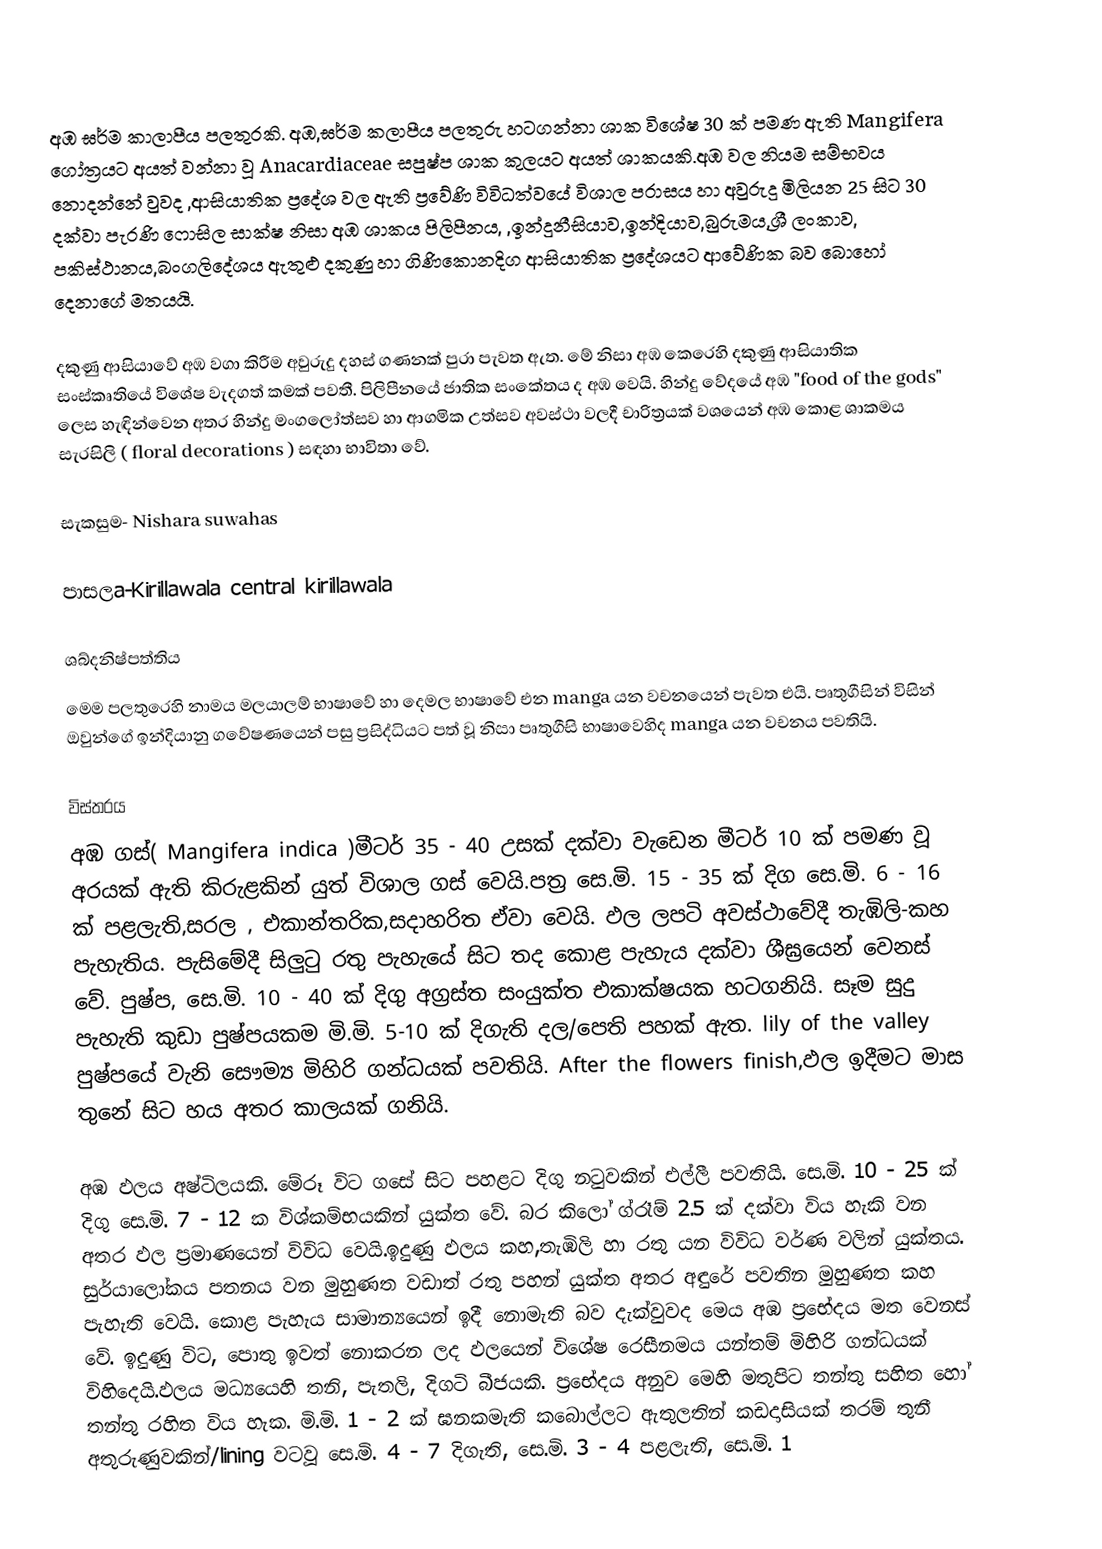
අඹ ඝර්ම කාලාපීය පලතුරකි. අඹ,ඝර්ම කලාපීය පලතුරු හටගන්නා ශාක විශේෂ 30 ක් පමණ ඇති Mangifera ගෝත්‍රයට අයත් වන්නා වූ Anacardiaceae සපුෂ්ප ශාක කුලයට අයත් ශාකයකි.අඹ වල නියම සම්භවය නොදන්නේ වුවද ,ආසියාතික ප්‍රදේශ වල ඇති ප්‍රවේණි විවිධත්වයේ විශාල පරාසය හා අවුරුදු මිලියන 25 සිට 30 දක්වා පැරණි ෆොසිල  සාක්ෂ නිසා අඹ ශාකය පිලිපීනය, ,ඉන්දුනීසියාව,ඉන්දියාව,බුරුමය,ශ්‍රී ලංකාව, පකිස්ථානය,බංගලිදේශය ඇතුළු දකුණු හා ගිණිකොනදිග ආසියාතික ප්‍රදේශයට ආවේණික බව බොහෝ දෙනාගේ මතයයි.

දකුණු ආසියාවේ අඹ වගා කිරීම අවුරුදු දහස් ගණනක් පුරා පැවත ඇත. මේ නිසා අඹ කෙරෙහි දකුණු ආසියාතික සංස්කෘතියේ විශේෂ වැදගත් කමක් පවතී. පිලිපීනයේ ජාතික සංකේතය ද අඹ වෙයි. හින්දු වේදයේ අඹ "food of the gods" ලෙස හැඳින්වෙන අතර හින්දු මංගලෝත්සව හා ආගමික උත්සව අවස්ථා වලදී චාරිත්‍රයක් වශයෙන් අඹ කොළ ශාකමය සැරසිලි ( floral decorations ) සඳහා භාවිතා වේ.

සැකසුම- Nishara suwahas

පාසලa-Kirillawala central kirillawala

ශබ්දනිෂ්පත්තිය
මෙම පලතුරෙහි නාමය මලයාලම් භාෂාවේ හා දෙමල භාෂාවේ එන manga යන වචනයෙන් පැවත එයි. පෘතුගීසින් විසින් ඔවුන්ගේ ඉන්දියානු ගවේෂණයෙන් පසු ප්‍රසිද්ධියට  පත් වූ නිසා පෘතුගීසි භාෂාවෙහිද manga යන වචනය පවතියි.

විස්තරය
අඹ ගස්( Mangifera indica )මීටර් 35 - 40 උසක් දක්වා වැඩෙන මීටර් 10 ක් පමණ වූ අරයක් ඇති කිරුළකින් යුත් විශාල ගස් වෙයි.පත්‍ර සෙ.මි. 15 - 35 ක් දිග  සෙ.මි. 6 - 16 ක් පළලැති,සරල , එකාන්තරික,සදාහරිත ඒවා වෙයි. ඵල ලපටි අවස්ථාවේදී තැඹිලි-කහ පැහැතිය. පැසිමේදී සිලුටු රතු පැහැයේ සිට තද කොළ පැහැය දක්වා ශීඝ්‍රයෙන් වෙනස් වේ. පුෂ්ප, සෙ.මි. 10 - 40 ක් දිගු අග්‍රස්ත සංයුක්ත එකාක්ෂයක හටගනියි. සෑම සුදු පැහැති කුඩා පුෂ්පයකම මි.මි. 5-10 ක් දිගැති දල/පෙති පහක් ඇත. lily of the valley පුෂ්පයේ වැනි සෞම්‍ය මිහිරි ගන්ධයක් පවතියි. After the flowers finish,ඵල ඉදීමට මාස තුනේ සිට හය අතර කාලයක් ගනියි.

අඹ ඵලය අෂ්ටිලයකි. මේරූ විට ගසේ සිට පහළට දිගු නටුවකින් එල්ලී පවතියි. සෙ.මි. 10 - 25 ක් දිගු සෙ.මි. 7 - 12 ක විශ්කම්භයකින් යුක්ත වේ. බර කිලෝ ග්රෑම් 2.5 ක් දක්වා විය හැකි වන අතර ඵල ප්‍රමාණයෙන් විවිධ වෙයි.ඉදුණු ඵලය කහ,තැඹිලි හා රතු යන විවිධ වර්ණ වලින් යුක්තය. සුර්යාලෝකය පතනය වන මුහුණත වඩාත් රතු පහන් යුක්ත අතර අඳුරේ පවතින මුහුණත කහ පැහැති වෙයි. කොළ පැහැය සාමාන්‍යයෙන් ඉදී නොමැති බව දැක්වුවද මෙය අඹ ප්‍රභේදය මත වෙනස් වේ. ඉදුණු විට, පොතු ඉවත් නොකරන ලද ඵලයෙන්  විශේෂ රෙසීනමය යන්තම් මිහිරි ගන්ධයක් විහිදෙයි.ඵලය මධ්‍යයෙහි තනි, පැතලි, දිගටි බීජයකි. ප්‍රභේදය අනුව මෙහි මතුපිට තන්තු සහිත හෝ තන්තු රහිත විය හැක. මි.මි. 1 - 2 ක් ඝනකමැති කබොල්ලට ඇතුලතින් කඩදාසියක් තරම් තුනී අතුරුණුවකින්/lining වටවූ සෙ.මි. 4 - 7 දිගැති, සෙ.මි. 3 - 4 පළලැති, සෙ.මි. 1